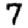
Digit: 7